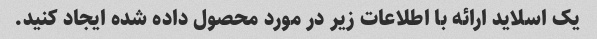
یک اسلاید ارائه با اطلاعات زیر در مورد محصول داده شده ایجاد کنید.